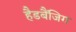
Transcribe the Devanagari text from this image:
हैडबैंजिग